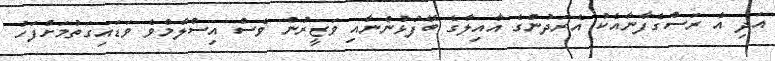
އަދި އެ ރަސްގެފާނާއެކު އެރަދުންގެ އާއިލާގެ ބޭފުޅުންނާއި ވަޒީރުން ވެސް އިސްލާމްވެ ވަޑައިގަތުމަށްފަހު